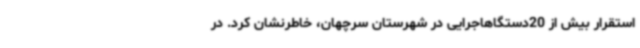
استقرار بیش از 20دستگاهاجرایی در شهرستان سرچهان، خاطرنشان کرد. در